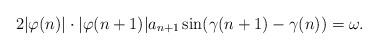
LaTeX: \begin{align*} 2 \vert\varphi(n)\vert\cdot\vert \varphi(n+1)\vert a_{n+1}\sin(\gamma(n+1)-\gamma(n))=\omega.\end{align*}